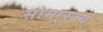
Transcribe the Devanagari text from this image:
सामा्रज्य